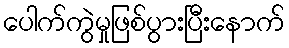
ပေါက်ကွဲမှုဖြစ်ပွားပြီးနောက်